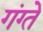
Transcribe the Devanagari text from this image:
गंग्ते